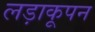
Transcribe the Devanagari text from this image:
लड़ाकूपन